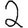
Digit: 2